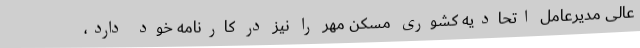
عالی مدیرعامل اتحادیه کشوری مسکن مهر را نیز در کارنامه خود دارد،